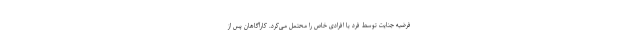
فرضیه جنایت توسط فرد یا افرادی خاص را محتمل می‌کرد. کارآگاهان پس از